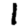
Digit: 1